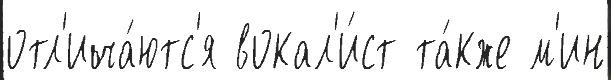
отл'ича́ютс'я вокал'и́ст та́кже м'ин